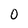
Character: 0